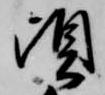
頃